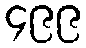
၄၉၉